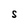
Character: S